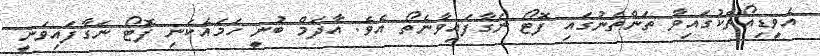
އެވީޑިއޯތަކުގައިވާ ތަންތަނުގައި ފޮޓޯ ނަގާފައިވާނެތޯ އެވެ. އާދަމް ބުނީ ހަމައެކަނި ފޮޓޯ ނަގާފައިވަނީ